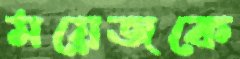
ময়েজকে